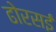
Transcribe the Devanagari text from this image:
ढोरसई